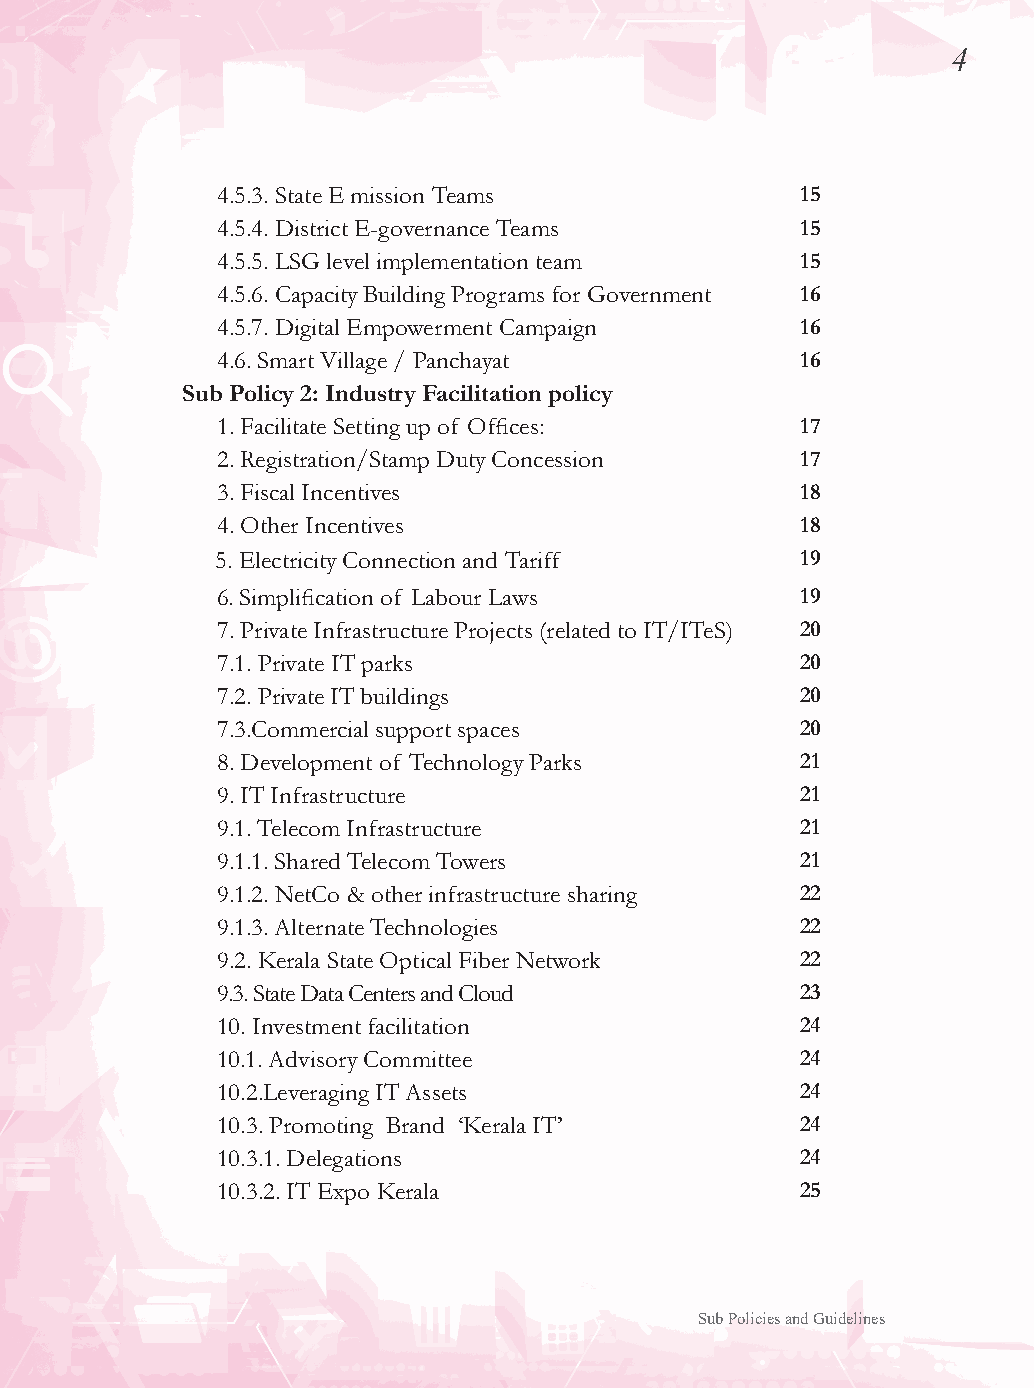
4
 4.5.3. State E mission Teams           15
 4.5.4. District E-governance Teams     15
 4.5.5. LSG level implementation team   15
 4.5.6. Capacity Building Programs for Government 16
 4.5.7. Digital Empowerment Campaign    16
 4.6. Smart Village / Panchayat         16
 Sub Policy 2: Industry Facilitation policy
 1. Facilitate Setting up of Offices:   17
 2. Registration/Stamp Duty Concession  17
 3. Fiscal Incentives                   18
 4. Other Incentives                    18
 5. Electricity Connection and Tariff   19
 6. Simplification of Labour Laws       19
 7. Private Infrastructure Projects (related to IT/ITeS) 20
 7.1. Private IT parks                  20
 7.2. Private IT buildings              20
 7.3.Commercial support spaces          20
 8. Development of Technology Parks     21
 9. IT Infrastructure                   21
 9.1. Telecom Infrastructure            21
 9.1.1. Shared Telecom Towers           21
 9.1.2. NetCo & other infrastructure sharing 22
 9.1.3. Alternate Technologies          22
 9.2. Kerala State Optical Fiber Network 22
 9.3. State Data Centers and Cloud      23
 10. Investment facilitation            24
 10.1. Advisory Committee               24
 10.2.Leveraging IT Assets              24
 10.3. Promoting Brand ‘Kerala IT’      24
 10.3.1. Delegations                    24
 10.3.2. IT Expo Kerala                 25
 Sub Policies and Guidelines